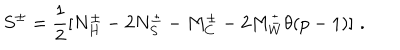
S ^ { \pm } = \frac { 1 } { 2 } [ N _ { H } ^ { \pm } - 2 N _ { S } ^ { \pm } - M _ { C } ^ { \pm } - 2 M _ { W } ^ { \pm } \theta ( p - 1 ) ] \, \, .